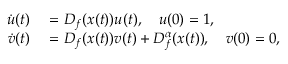
\begin{array} { r l } { \dot { u } ( t ) } & { { } = D _ { f } ( x ( t ) ) u ( t ) , \quad u ( 0 ) = 1 , } \\ { \dot { v } ( t ) } & { { } = D _ { f } ( x ( t ) ) v ( t ) + D _ { f } ^ { \alpha } ( x ( t ) ) , \quad v ( 0 ) = 0 , } \end{array}